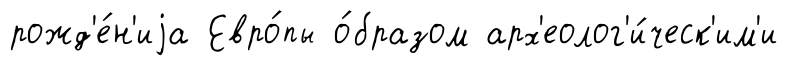
рожд'е́н'иjа Евро́пы о́бразом арх'еолог'и́ческ'им'и